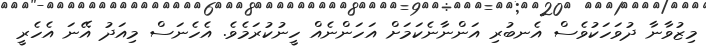
މިޒުވާނާ ދުވަހަކުވެސް އެނބުރި އަންނާނެކަމަށް އަހަންނެއް ހީނުކުރަމެވެ. އެހެނަސް މިއަދު އޭނަ އެހެރީ